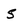
Character: S